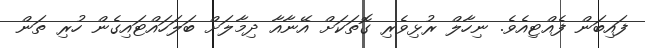
ފައިބަން ފެއްޓިއެވެ. ނިހާލް ރުޅިވެރި ގޮތަކަށް އޭނާއާ ދިމާލަށް ބަލަހައްޓައިގެން ހުރި ތަން